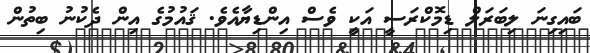
ބައިގިނަ ލިބަރަލް ޑިމޮކްރަސީ އަކީ ވެސް އިންޑިޔާއެވެ. ޤައުމުގެ އިން ދެކުނު ބިތުން